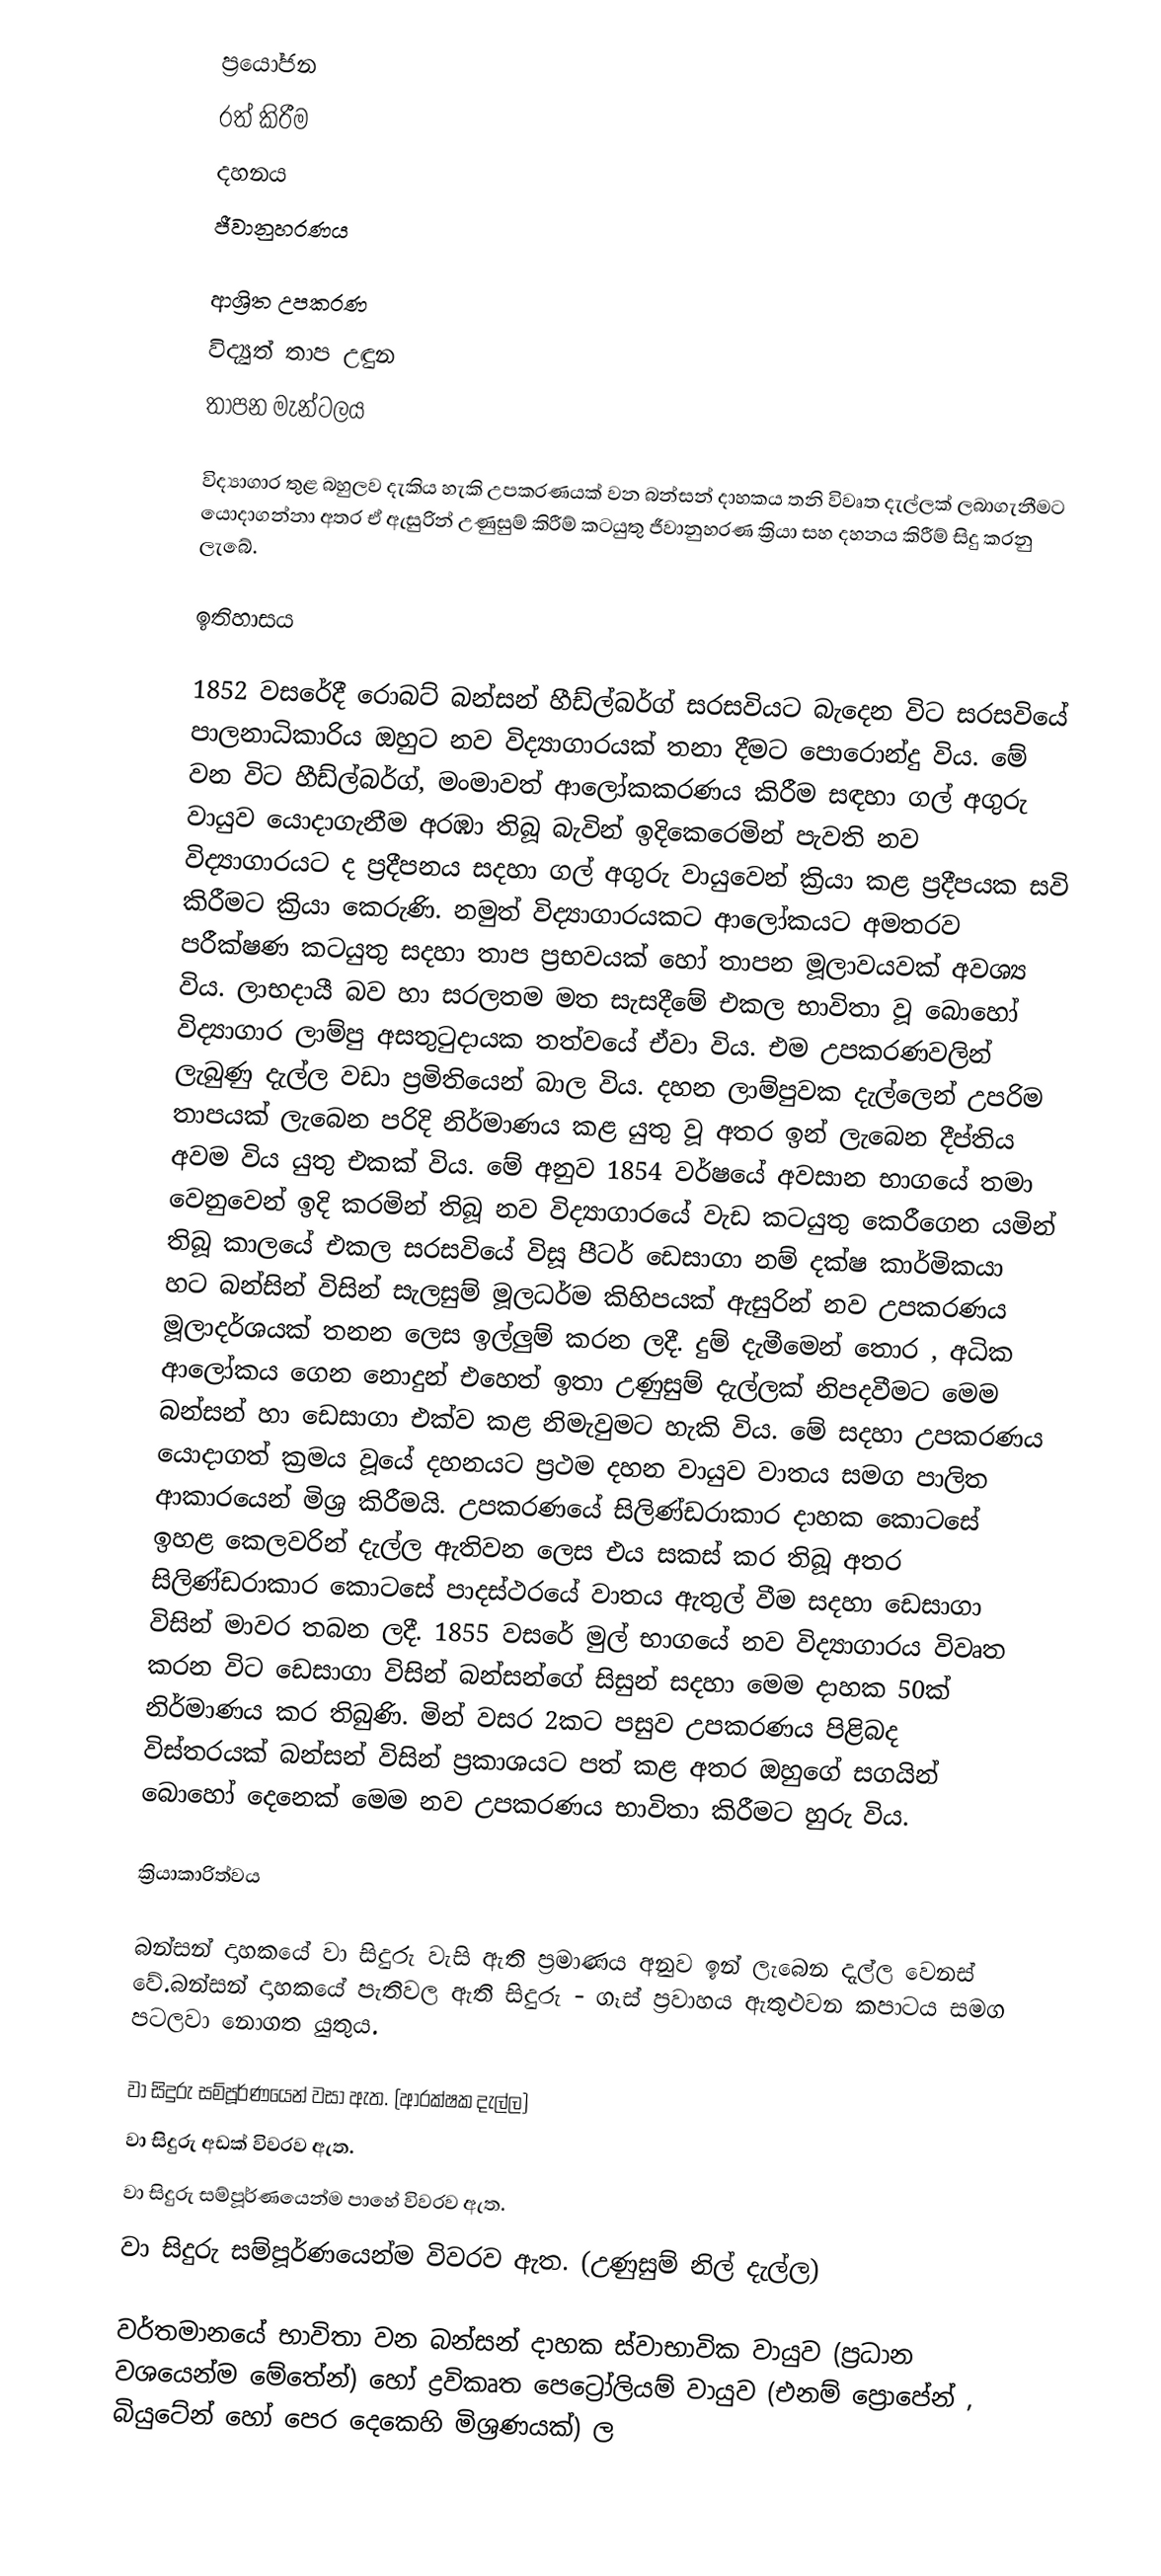
ප්‍රයෝජන
රත් කිරීම
දහනය
ජීවානුහරණය

ආශ්‍රිත උපකරණ
විද්‍යුත් තාප උඳුන
තාපන මැන්ටලය

විද්‍යාගාර තුළ බහුලව දැකිය හැකි උපකරණයක් වන බන්සන් දාහකය තනි විවෘත දැල්ලක් ලබාගැනීමට යොදාගන්නා අතර ඒ ඇසුරින් උණුසුම් කිරීම් කටයුතු ජීවානුහරණ ක්‍රියා සහ දහනය කිරී‍ම් සිදු කරනු ලැබේ.

ඉතිහාසය

1852 වසරේදී රොබට් බන්සන් හීඩ්ල්බර්ග් සරසවියට බැදෙන විට සරසවියේ පාලනාධිකාරිය ඔහුට නව විද්‍යාගාරයක් තනා දීමට පොරොන්දු විය. මේ වන විට හීඩ්ල්බර්ග්, මංමාවත්  ආලෝකකරණය කිරීම සඳහා ගල් අගුරු වායුව යොදාගැනීම අරඹා තිබූ බැවින් ඉදිකෙරෙමින් පැවති නව  විද්‍යාගාරයට ද ප්‍රදීපනය සදහා ගල් අගුරු වායුවෙන් ක්‍රියා කළ ප්‍රදීපයක සවි කිරීමට ක්‍රියා කෙරුණි. නමුත් විද්‍යාගාරයකට ආලෝකයට අමතරව පරීක්ෂණ කටයුතු සදහා තාප ප්‍රභවයක් හෝ තාපන මූලාවයවක් අවශ්‍ය විය. ලාභදායී බව හා සරලතම මත සැසදීමේ එකල භාවිතා වූ බොහෝ විද්‍යාගාර ලාම්පු අසතුටුදායක තත්වයේ ඒවා විය. එම උපකරණවලින් ලැබුණු දැල්ල වඩා ප්‍රමිතියෙන් බාල විය. දහන ලාම්පුවක දැල්ලෙන් උපරිම තාපයක් ලැබෙන පරිදි නිර්මාණය කළ යුතු වූ අතර ඉන් ලැබෙන දීප්තිය අවම විය යුතු එකක් විය. මේ අනුව 1854 වර්ෂයේ අවසාන භාගයේ තමා වෙනුවෙන් ඉදි කරමින් තිබූ නව විද්‍යාගාරයේ වැඩ කටයුතු කෙරීගෙන යමින් තිබූ කාලයේ එකල සරසවියේ විසූ පීටර් ඩෙසාගා නම් දක්ෂ කාර්මිකයා හට බන්සින් විසින් සැලසුම් මූලධර්ම කිහිපයක් ඇසුරින් නව උපකරණය මූලාදර්ශයක් තනන ලෙස ඉල්ලුම් කරන ලදී. දුම් දැමීමෙන් තොර , අධික ආ‍ලෝකය ගෙන නොදුන් එහෙත් ඉතා උණුසුම් දැල්ලක් නිපදවීමට මෙම බන්සන් හා ඩෙසාගා එක්ව කළ නිමැවුමට හැකි විය. මේ සදහා උපකරණය‍ යොදාගත් ක්‍රමය වූයේ දහනයට ප්‍රථම දහන වායුව වාතය සමග පාලිත ආකාරයෙන් මිශ්‍ර කිරී‍මයි. උපකරණයේ සිලිණ්ඩරාකාර දාහක කොටසේ ඉහළ කෙලවරින් දැල්ල ඇතිවන ලෙස එය සකස් කර තිබූ අතර සිලිණ්ඩරාකාර කොටසේ පාදස්ථරයේ වාතය ඇතුල් වීම සදහා ඩෙසාගා විසින් ‍මාවර තබන ලදී. 1855 වසරේ මුල් භාගයේ නව විද්‍යාගාරය විවෘත කරන විට ඩෙසාගා විසින් බන්සන්ගේ සිසුන් සදහා මෙම දාහක 50ක් නිර්මාණය කර තිබුණි. මින් වසර 2කට පසුව උපකරණය පිළිබද විස්තරයක් බන්සන් විසින් ප්‍රකාශයට පත් කළ අතර ඔහුගේ සගයින් බොහෝ දෙනෙක් මෙම නව උපකරණය භාවිතා කිරීමට හුරු විය.

ක්‍රියාකාරිත්වය

බන්සන් දාහකයේ වා සිදුරු වැසි ඇති ප්‍රමාණය අනුව ඉන් ලැබෙන දැල්ල වෙනස් වේ.බන්සන් දාහකයේ පැතිවල ඇති සිදුරු - ගෑස් ප්‍රවාහය ඇතුළුවන කපාටය සමග පටලවා නොගත යුතුය.

	වා සිදුරු සම්පූර්ණයෙන් වසා ඇත. (ආරක්ෂක දැල්ල)
	වා සිදුරු අඩක් විවරව ඇත.
	වා සිදුරු සම්පූර්ණයෙන්ම පාහේ විවරව ඇත.
	වා සිදුරු සම්පූර්ණයෙන්ම විවරව ඇත. (උණුසුම් නිල් දැල්ල)

වර්තමානයේ භාවිතා වන බන්සන් දාහක ස්වාභාවික වායුව (ප්‍රධාන වශයෙන්ම මේතේන්) හෝ ද්‍රවිකෘත පෙට්‍රෝලියම් වායුව (එනම් ප්‍රොපේන් , බියුටේන් හෝ පෙර දෙකෙහි මිශ්‍රණයක්) ල